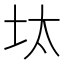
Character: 𡊀